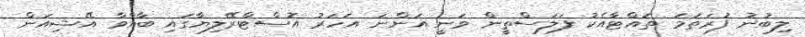
ލިބުނު ފުރަތަމަ ތައްޓާއެކު ފަލަސްތީން ވަނީ އަންނަ އަހަރު އޮސްޓްރޭލިޔާގައި ބާއްވާ އޭޝިއަން